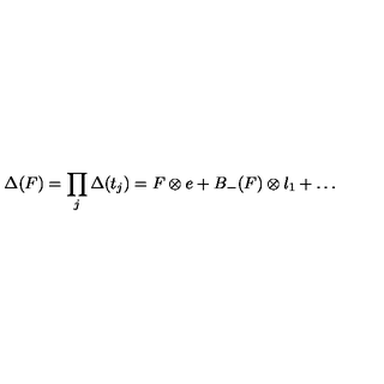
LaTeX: \Delta ( F ) = \prod _ { j } \Delta ( t _ { j } ) = F \otimes e + B _ { - } ( F ) \otimes l _ { 1 } + \ldots